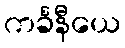
ကင်္ခနီယေ